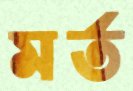
মর্ত